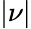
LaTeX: \vert\nu\vert